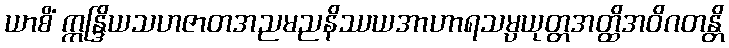
ယာစိံ ဣန္ဒြိယသဟဇာတအညမညနိဿယအာဟာရသမ္ပယုတ္တအတ္ထိအဝိဂတန္တိ